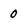
Character: 0